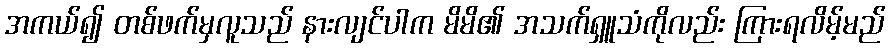
အကယ်၍ တစ်ဖက်မှလူသည် နားလျင်ပါက မိမိ၏ အသက်ရှူသံကိုလည်း ကြားရလိမ့်မည်